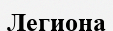
Легиона